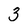
Character: 3